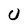
Character: U